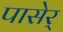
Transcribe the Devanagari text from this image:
पासेर्